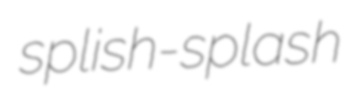
splish-splash